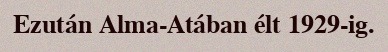
Ezután Alma-Atában élt 1929-ig.